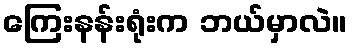
ကြေးနန်းရုံးက ဘယ်မှာလဲ။